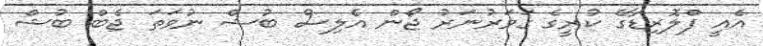
އެއީ ފްލޮރިޑާގެ ކުރީގެ ގަވަރުނަރު ޖޯން އެލިސް ބުޝް ނުވަތަ ޖެބް ބުޝް